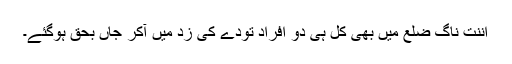
اننت ناگ ضلع میں بھی کل ہی دو افراد تودے کی زد میں آکر جاں بحق ہوگئے۔